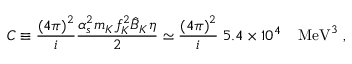
C \equiv \frac { { \left( 4 \pi \right) } ^ { 2 } } { i } \frac { \alpha _ { s } ^ { 2 } m _ { K } f _ { K } ^ { 2 } \hat { B } _ { K } \eta } { 2 } \simeq \frac { { \left( 4 \pi \right) } ^ { 2 } } { i } \; 5 . 4 \times 1 0 ^ { 4 } \; \; \; \; \mathrm { M e V } ^ { 3 } \; ,